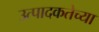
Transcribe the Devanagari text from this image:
उत्पादकतेच्या